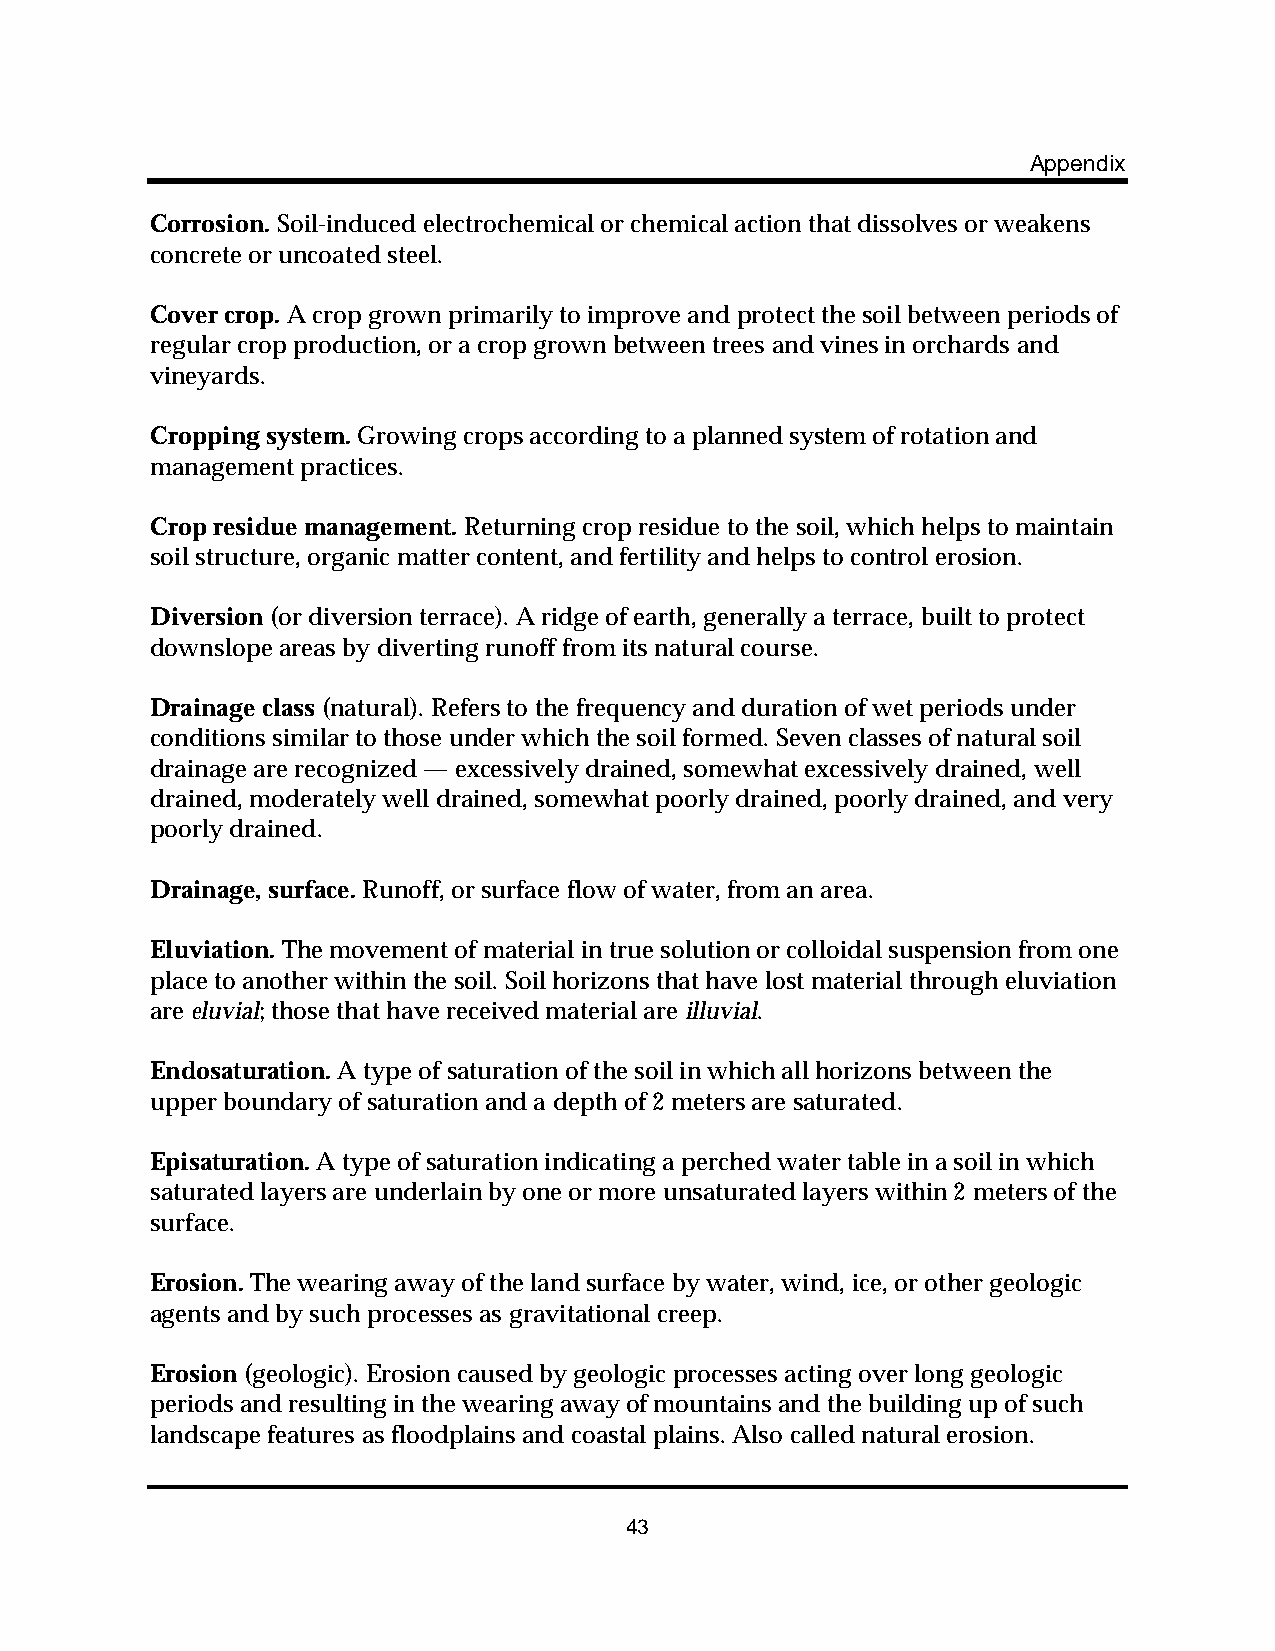
Appendix
 Corrosion. Soil-induced electrochemical or chemical action that dissolves or weakens
 concrete or uncoated steel.
 Cover crop. A crop grown primarily to improve and protect the soil between periods of
 regular crop production, or a crop grown between trees and vines in orchards and
 vineyards.
 Cropping system. Growing crops according to a planned system of rotation and
 management practices.
 Crop residue management. Returning crop residue to the soil, which helps to maintain
 soil structure, organic matter content, and fertility and helps to control erosion.
 Diversion (or diversion terrace). A ridge of earth, generally a terrace, built to protect
 downslope areas by diverting runoff from its natural course.
 Drainage class (natural). Refers to the frequency and duration of wet periods under
 conditions similar to those under which the soil formed. Seven classes of natural soil
 drainage are recognized — excessively drained, somewhat excessively drained, well
 drained, moderately well drained, somewhat poorly drained, poorly drained, and very
 poorly drained.
 Drainage, surface. Runoff, or surface flow of water, from an area.
 Eluviation. The movement of material in true solution or colloidal suspension from one
 place to another within the soil. Soil horizons that have lost material through eluviation
 are eluvial; those that have received material are illuvial.
 Endosaturation. A type of saturation of the soil in which all horizons between the
 upper boundary of saturation and a depth of 2 meters are saturated.
 Episaturation. A type of saturation indicating a perched water table in a soil in which
 saturated layers are underlain by one or more unsaturated layers within 2 meters of the
 surface.
 Erosion. The wearing away of the land surface by water, wind, ice, or other geologic
 agents and by such processes as gravitational creep.
 Erosion (geologic). Erosion caused by geologic processes acting over long geologic
 periods and resulting in the wearing away of mountains and the building up of such
 landscape features as floodplains and coastal plains. Also called natural erosion.
 43